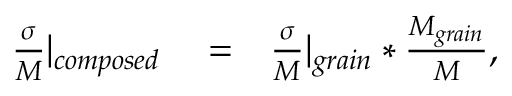
\begin{array} { r l r } { \frac { \sigma } { M } | _ { c o m p o s e d } } & { { } = } & { \frac { \sigma } { M } | _ { g r a i n } * \frac { M _ { g r a i n } } { M } , } \end{array}